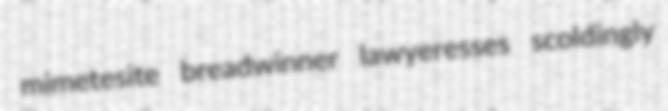
mimetesite breadwinner lawyeresses scoldingly